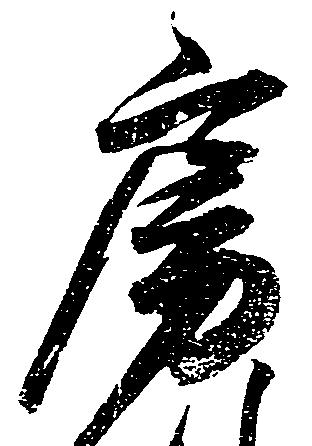
房